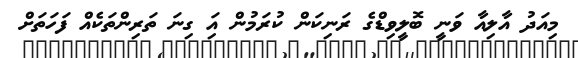
މިއަދު އާލިއާ ވަނީ ބޮލީވިޑްގެ ރަނިކަން ކުރަމުން އަި ގިނަ ތަރިންތަކެއް ފަހަތަށް